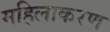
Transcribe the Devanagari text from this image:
महिलाकरण